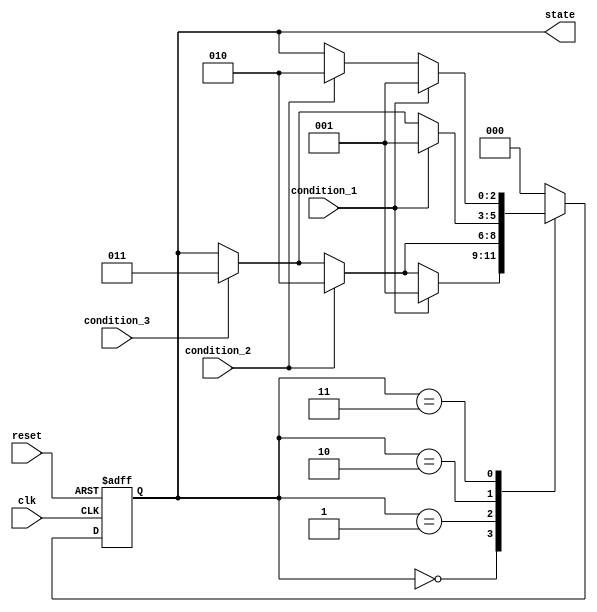
module state_machine (
    input wire clk,
    input wire reset,
    input wire condition_1,
    input wire condition_2,
    input wire condition_3,
    output reg [2:0] state
);

parameter IDLE = 3'b000;
parameter STATE_1 = 3'b001;
parameter STATE_2 = 3'b010;
parameter STATE_3 = 3'b011;

always @ (posedge clk or posedge reset)
begin
    if (reset)
        state <= IDLE;
    else
    begin
        case (state)
            IDLE: begin
                if (condition_1)
                    state <= STATE_1;
                else if (condition_2)
                    state <= STATE_2;
                else if (condition_3)
                    state <= STATE_3;
            end
            STATE_1: begin
                if (condition_2)
                    state <= STATE_2;
                else if (condition_3)
                    state <= STATE_3;
            end
            STATE_2: begin
                if (condition_1)
                    state <= STATE_1;
                else if (condition_3)
                    state <= STATE_3;
            end
            STATE_3: begin
                if (condition_1)
                    state <= STATE_1;
                else if (condition_2)
                    state <= STATE_2;
            end
            default: state <= IDLE;
        endcase
    end
end

endmodule